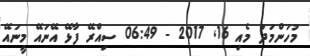
މުހަންމަދު މެއި 16